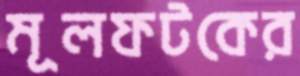
মূলফটকের